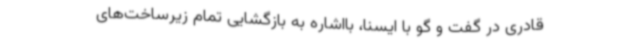
قادری در گفت و گو با ایسنا، بااشاره به بازگشایی تمام زیرساخت‌های